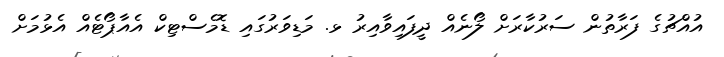
އުއްޗުގެ ފަރާތުން ސަރުކާރަށް ލޯނެއް ދީފައިވާއިރު ޅ. މަޑިވަރުގައި ޑޮމެސްޓިކް އެއާޕޯޓެއް އެޅުމަށް